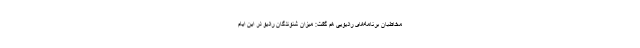
مخاطبان برنامه‌های رادیویی هم گفت: میزان شنوندگان رادیو در این ایام